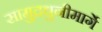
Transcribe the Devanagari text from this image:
सामुद्रधुनीमार्गे